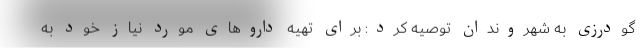
گودرزی به شهروندان توصیه کرد: برای تهیه داروهای مورد نیاز خود به